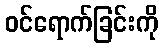
ဝင်ရောက်ခြင်းကို